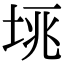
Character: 𡋮